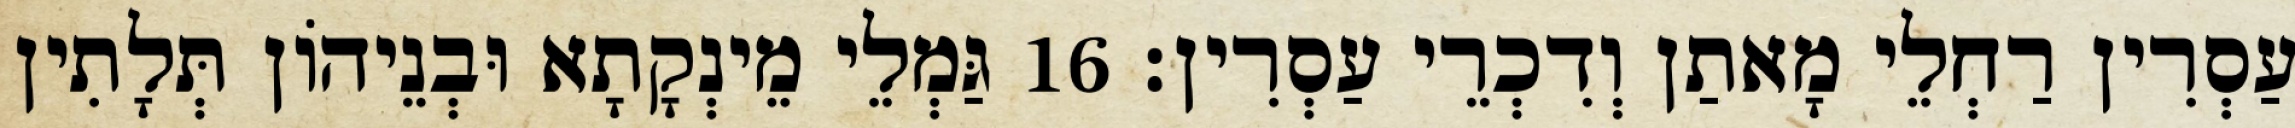
עַסְרִין רַחְלֵי מָאתַן וְדִכְרֵי עַסְרִין׃ 16 גַּמְלֵי מֵינְקָתָא וּבְנֵיהוֹן תְּלָתִין